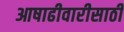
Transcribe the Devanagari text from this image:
आषाढीवारीसाठी